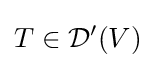
T\in {\mathcal {D}}'(V)